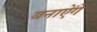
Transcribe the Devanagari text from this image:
बनाऐंगे